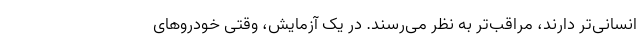
انسانی‌تر دارند، مراقب‌تر به نظر می‌رسند. در یک آزمایش، وقتی خودروهای